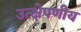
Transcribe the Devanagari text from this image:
उत्क्षेपणीय